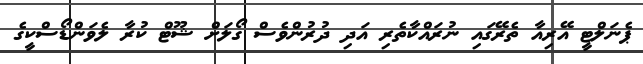
ޕެނަލްޓީ އޭރިއާ ތެރޭގައި ނުރައްކާތެރި އަދި ދުރުންވެސް ގޯލަށް ޝޫޓް ކުރާ ލެވަންޑޯސްކީގެ